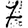
Digit: 7